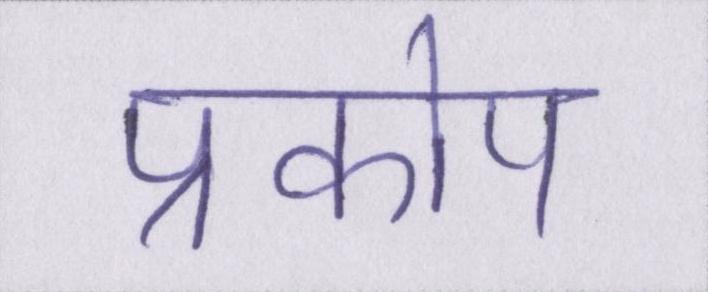
प्रकोप